Civil Veterinary Department. Madras. Admin. report 1926-33 - 1926-1933
Year: 1926
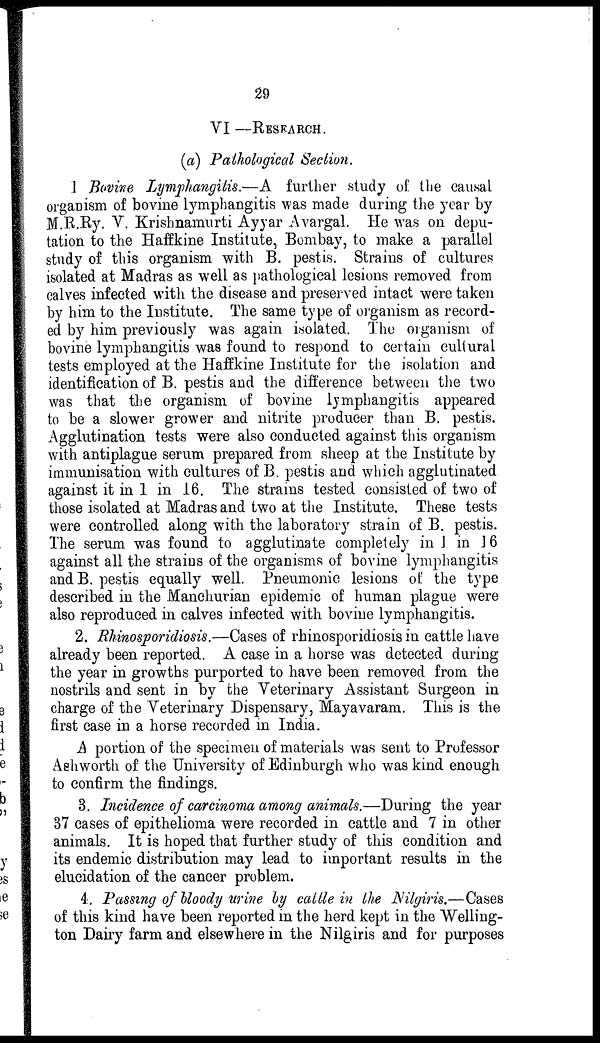
29
VI—RESEARCH.
(a) Pathological Section.
1 Bovine Lymphangitis.—A further study of the causal
organism of bovine lymphangitis was made during the year by
M.R.Ry. V. Krishnamurti Ayyar Avargal. He was on depu-
tation to the Haffkine Institute, Bombay, to make a parallel
study of this organism with B. pestis. Strains of cultures
isolated at Madras as well as pathological lesions removed from
calves infected with the disease and preserved intact were taken
by him to the Institute. The same type of organism as record-
ed by him previously was again isolated. The organism of
bovine lymphangitis was found to respond to certain cultural
tests employed at the Haffkine Institute for the isolation and
identification of B. pestis and the difference between the two
was that the organism of bovine lymphangitis appeared
to be a slower grower and nitrite producer than B. pestis.
Agglutination tests were also conducted against this organism
with antiplague serum prepared from sheep at the Institute by
immunisation with cultures of B. pestis and which agglutinated
against it in 1 in 16. The strains tested consisted of two of
those isolated at Madras and two at the Institute. These tests
were controlled along with the laboratory strain of B. pestis.
The serum was found to agglutinate completely in 1 in 16
against all the strains of the organisms of bovine lymphangitis
and B. pestis equally well. Pneumonic lesions of the type
described in the Manchurian epidemic of human plague were
also reproduced in calves infected with bovine lymphangitis.
2. Rhinosporidiosis.—Cases of rhinosporidiosis in cattle have
already been reported. A case in a horse was detected during
the year in growths purported to have been removed from the
nostrils and sent in by the Veterinary Assistant Surgeon in
charge of the Veterinary Dispensary, Mayavaram. This is the
first case in a horse recorded in India.
A portion of the specimen of materials was sent to Professor
Ashworth of the University of Edinburgh who was kind enough
to confirm the findings.
3. Incidence of carcinoma among animals.—During the year
37 cases of epithelioma were recorded in cattle and 7 in other
animals. It is hoped that further study of this condition and
its endemic distribution may lead to important results in the
elucidation of the cancer problem.
4. Passing of bloody urine by cattle in the Nilgiris.—Cases
of this kind have been reported in the herd kept in the Welling-
ton Dairy farm and elsewhere in the Nilgiris and for purposes